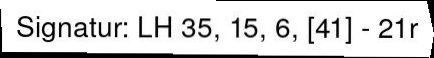
Signatur: LH 35, 15, 6, [41] - 21r